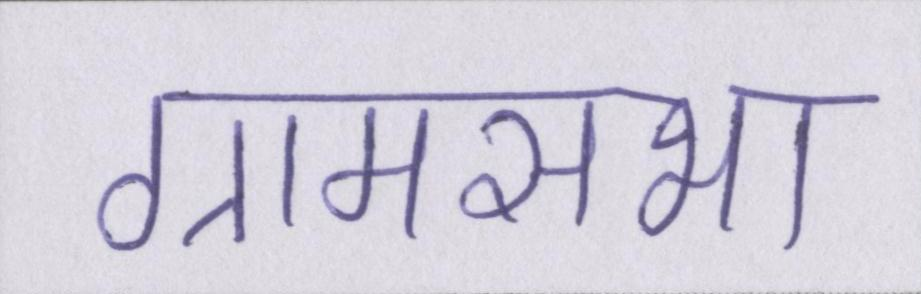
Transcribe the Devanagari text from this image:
ग्रामसभा